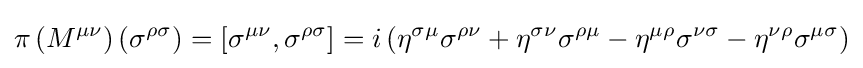
\pi \left(M^{\mu \nu }\right)\left(\sigma ^{\rho \sigma }\right)=\left[\sigma ^{\mu \nu },\sigma ^{\rho \sigma }\right]=i\left(\eta ^{\sigma \mu }\sigma ^{\rho \nu }+\eta ^{\sigma \nu }\sigma ^{\rho \mu }-\eta ^{\mu \rho }\sigma ^{\nu \sigma }-\eta ^{\nu \rho }\sigma ^{\mu \sigma }\right)